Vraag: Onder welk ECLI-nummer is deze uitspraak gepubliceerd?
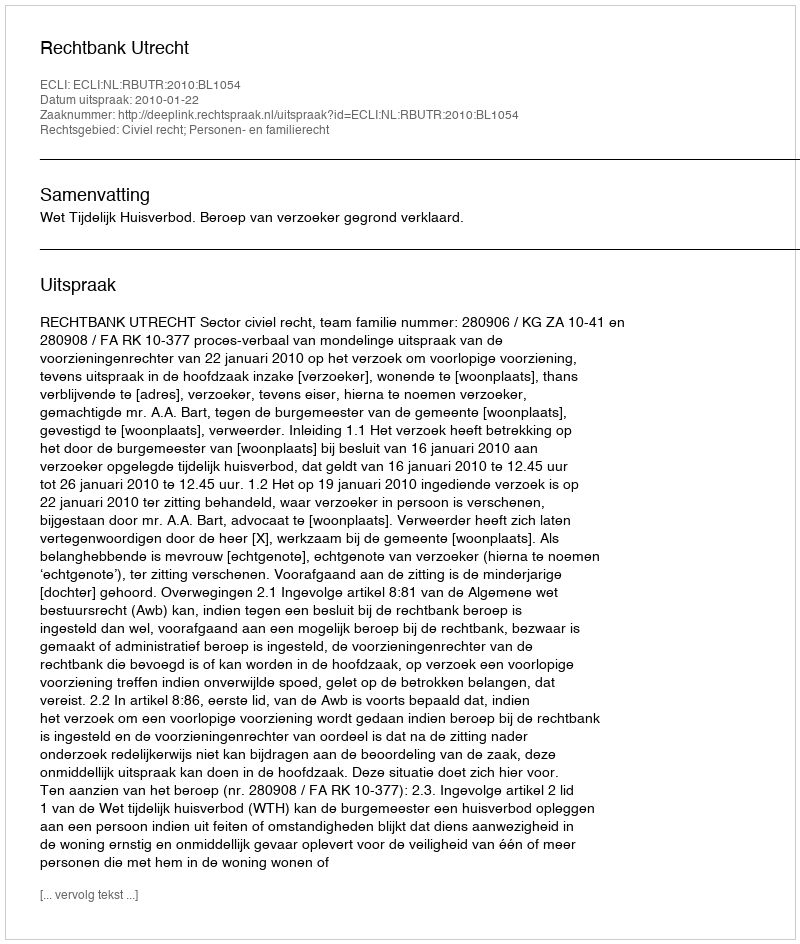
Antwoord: ECLI:NL:RBUTR:2010:BL1054